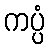
ကပ္ပံ